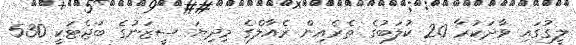
ލީގުގައި ވާދަކުރާ 20 ކުލަބުގެ ތެރެއިން ރެއާލްގެ މިދިޔަ ސީޒަނުގެ ބަޖެޓަކީ 530